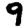
Digit: 9